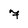
Character: 7